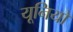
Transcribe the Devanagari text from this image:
यूनियो